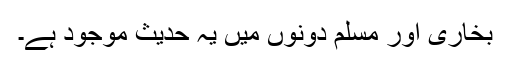
بخاری اور مسلم دونوں میں یہ حدیث موجود ہے۔